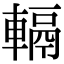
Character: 𨍮